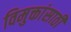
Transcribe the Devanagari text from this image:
विमुक्तांसाठी